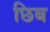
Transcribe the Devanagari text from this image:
छिब